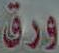
ورق